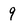
Character: g